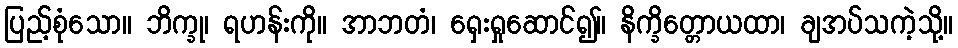
ပြည့်စုံသော။ ဘိက္ခု၊ ရဟန်းကို။ အာဘတံ၊ ရှေးရှုဆောင်၍။ နိက္ခိတ္တောယထာ၊ ချအပ်သကဲ့သို့။